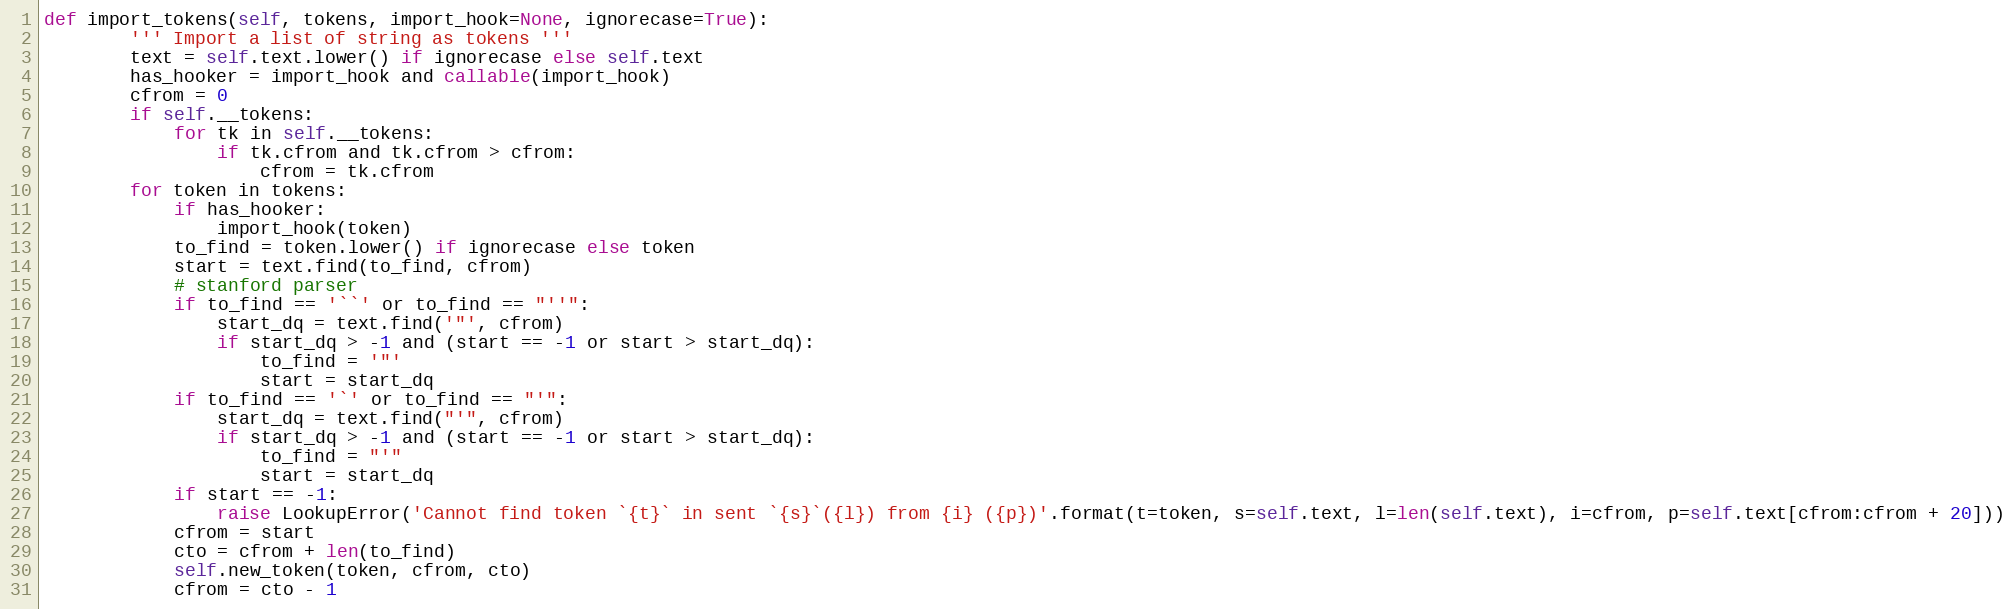
Language: Python
def import_tokens(self, tokens, import_hook=None, ignorecase=True):
        ''' Import a list of string as tokens '''
        text = self.text.lower() if ignorecase else self.text
        has_hooker = import_hook and callable(import_hook)
        cfrom = 0
        if self.__tokens:
            for tk in self.__tokens:
                if tk.cfrom and tk.cfrom > cfrom:
                    cfrom = tk.cfrom
        for token in tokens:
            if has_hooker:
                import_hook(token)
            to_find = token.lower() if ignorecase else token
            start = text.find(to_find, cfrom)
            # stanford parser
            if to_find == '``' or to_find == "''":
                start_dq = text.find('"', cfrom)
                if start_dq > -1 and (start == -1 or start > start_dq):
                    to_find = '"'
                    start = start_dq
            if to_find == '`' or to_find == "'":
                start_dq = text.find("'", cfrom)
                if start_dq > -1 and (start == -1 or start > start_dq):
                    to_find = "'"
                    start = start_dq
            if start == -1:
                raise LookupError('Cannot find token `{t}` in sent `{s}`({l}) from {i} ({p})'.format(t=token, s=self.text, l=len(self.text), i=cfrom, p=self.text[cfrom:cfrom + 20]))
            cfrom = start
            cto = cfrom + len(to_find)
            self.new_token(token, cfrom, cto)
            cfrom = cto - 1